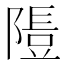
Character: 𨻯